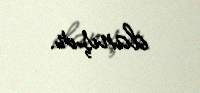
danışır.